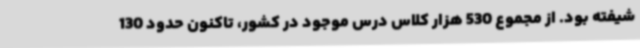
شیفته بود. از مجموع 530 هزار کلاس درس موجود در کشور، تاکنون حدود 130